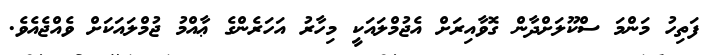
ފަތިހު މަންމަ ސްކޫލަށްދާން ގޮވާއިރަށް އެޖުމްލައަކީ މިހާރު އަހަރެންގެ ޢާއްމު ޖުމްލައަކަށް ވެއްޖެއެވެ.